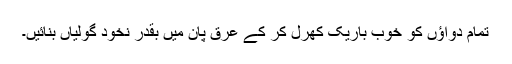
تمام دواؤں کو خوب باریک کھرل کر کے عرقِ پان میں بقدر نخود گولیاں بنائیں۔